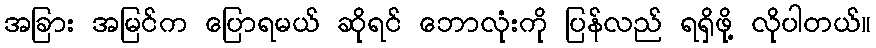
အခြား အမြင်က ပြောရမယ် ဆိုရင် ဘောလုံးကို ပြန်လည် ရရှိဖို့ လိုပါတယ်။